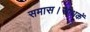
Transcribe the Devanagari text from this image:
समास।साधकें